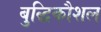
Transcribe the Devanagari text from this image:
बुद्धिकौशल